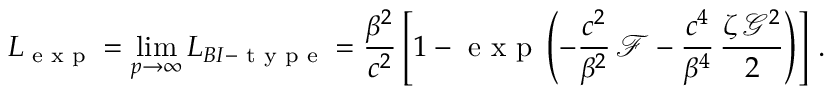
L _ { \textrm { e x p } } = \operatorname* { l i m } _ { p \rightarrow \infty } L _ { B I - \textrm { t y p e } } = \frac { \beta ^ { 2 } } { c ^ { 2 } } \left[ 1 - \textrm { e x p } \left( - \frac { c ^ { 2 } } { \beta ^ { 2 } } \, \mathcal { F } - \frac { c ^ { 4 } } { \beta ^ { 4 } } \, \frac { \zeta \, \mathcal { G } ^ { 2 } } { 2 } \right) \right] \, .